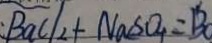
B a C l _ { 2 } + N a S O _ { 4 } = B a